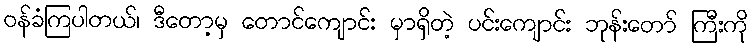
ဝန်ခံကြပါတယ်၊ ဒီတော့မှ တောင်ကျောင်း မှာရှိတဲ့ ပင်းကျောင်း ဘုန်းတော် ကြီးကို